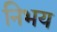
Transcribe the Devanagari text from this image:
निभय